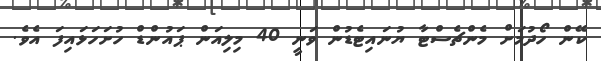
ކޭން ހޯދުމަށް މެންޗެސްޓާ ޔުނައިޓެޑުން ވަނީ 40 މިލިއަން ޕައުންޑް ހުށަހަޅައިފަ އެވެ.